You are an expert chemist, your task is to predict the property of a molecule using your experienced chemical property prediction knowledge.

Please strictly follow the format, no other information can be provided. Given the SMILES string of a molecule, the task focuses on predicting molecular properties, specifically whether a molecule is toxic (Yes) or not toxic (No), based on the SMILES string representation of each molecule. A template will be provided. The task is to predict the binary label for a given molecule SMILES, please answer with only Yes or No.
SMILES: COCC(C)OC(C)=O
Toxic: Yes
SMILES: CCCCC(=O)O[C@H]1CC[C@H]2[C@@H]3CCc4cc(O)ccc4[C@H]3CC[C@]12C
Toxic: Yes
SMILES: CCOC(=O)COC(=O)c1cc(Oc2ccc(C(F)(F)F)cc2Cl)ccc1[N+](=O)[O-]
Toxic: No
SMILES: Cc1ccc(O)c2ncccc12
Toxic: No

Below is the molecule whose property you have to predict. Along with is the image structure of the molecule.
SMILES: C[C@@H](Cc1ccccc1)NCCC(c1ccccc1)c1ccccc1.C[C@H](O)C(=O)O
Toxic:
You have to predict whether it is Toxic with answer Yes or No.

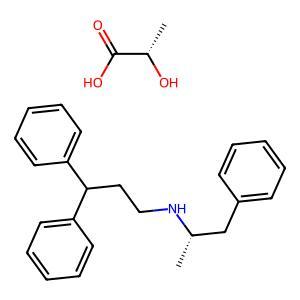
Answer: No